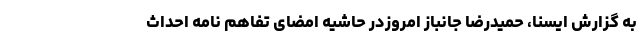
به گزارش ایسنا، حمیدرضا جانباز امروزدر حاشیه امضای تفاهم نامه احداث